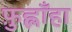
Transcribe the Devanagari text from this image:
फ़ुह्लाँहा